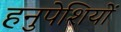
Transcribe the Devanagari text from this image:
हनुपेशियों